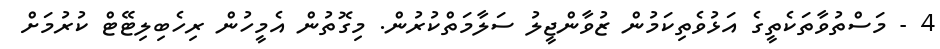
4 - މަސްތުވާތަކެތީގެ އަޅުވެތިކަމުން ޒުވާންޖީލު ސަލާމަތްކުރުން. މިގޮތުން އެމީހުން ރިހެބިލިޓޭޓް ކުރުމަށް